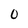
Character: 0